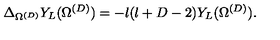
\Delta _ { \Omega ^ { ( { D } ) } } Y _ { L } ( \Omega ^ { ( { D } ) } ) = - l ( l + D - 2 ) Y _ { L } ( \Omega ^ { ( { D } ) } ) .